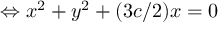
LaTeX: \Leftrightarrow x ^ { 2 } + y ^ { 2 } + ( 3 c / 2 ) x = 0